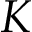
{ \cal K }